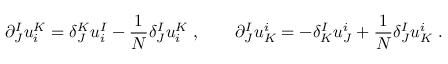
\partial _ { J } ^ { I } u _ { i } ^ { K } = \delta _ { J } ^ { K } u _ { i } ^ { I } - { \frac { 1 } { N } } \delta _ { J } ^ { I } u _ { i } ^ { K } \; , \qquad \partial _ { J } ^ { I } u _ { K } ^ { i } = - \delta _ { K } ^ { I } u _ { J } ^ { i } + { \frac { 1 } { N } } \delta _ { J } ^ { I } u _ { K } ^ { i } \; .